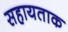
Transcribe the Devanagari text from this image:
सहायताक